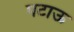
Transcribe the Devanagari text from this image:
पटाऊ